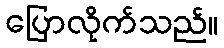
ပြောလိုက်သည်။